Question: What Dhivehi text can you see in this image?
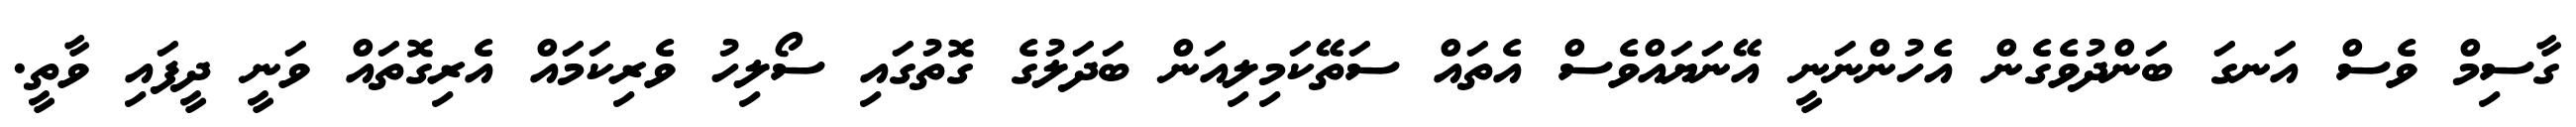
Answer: ގާސިމް ވެސް އަނގަ ބަންދުވެގެން އެހުންނަނީ އޭނަޔައްވެސް އެތައް ސަތޭކަމިލިއަން ބަދަލުގެ ގޮތުގައި ސޯލިހު ވެރިކަމައް އެރިގޮތައް ވަނީ ދީފައި ވާތީ.